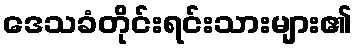
ဒေသခံတိုင်းရင်းသားများ၏